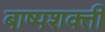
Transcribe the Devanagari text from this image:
बाष्पशक्ती